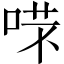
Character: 𠶙